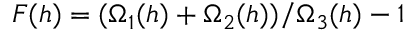
F ( h ) = ( \Omega _ { 1 } ( h ) + \Omega _ { 2 } ( h ) ) / \Omega _ { 3 } ( h ) - 1